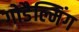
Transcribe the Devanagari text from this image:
गोडैल्मिंग